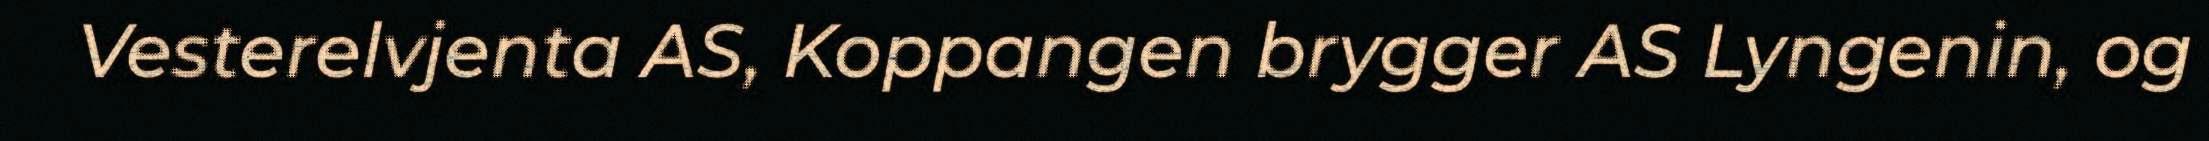
Vesterelvjenta AS, Koppangen brygger AS Lyngenin, og